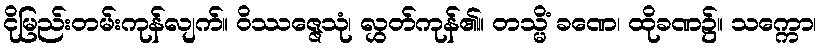
ငိုမြည်းတမ်းကုန်လျက်။ ဝိဿဇ္ဇေသုံ၊ လွှတ်ကုန်၏။ တသ္မိံ ခဏေ၊ ထိုခဏ၌။ သက္ကော၊